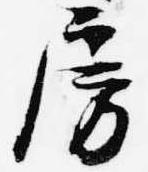
房